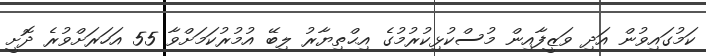
ކަމުގައިވުން އަދި ވަޒީފާއިން މުސްކުޅިކުރުމުގެ އިޙްތިޔާރު ލިބޭ އުމުރުކަމަށްވާ 55 އަހަރަށްވުރެ ދޮށީ